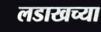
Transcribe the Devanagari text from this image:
लडाखच्या